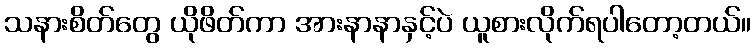
သနားစိတ်တွေ ယိုဖိတ်ကာ အားနာနာနှင့်ပဲ ယူစားလိုက်ရပါတော့တယ်။